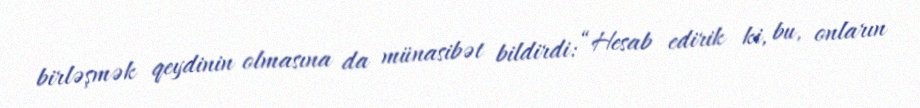
birləşmək qeydinin olmasına da münasibət bildirdi: “Hesab edirik ki, bu, onların